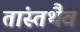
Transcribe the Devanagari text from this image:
तांस्तथैव